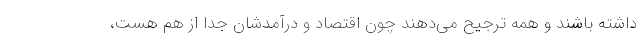
داشته باشند و همه ترجیح می‌دهند چون اقتصاد و درآمدشان جدا از هم هست،